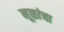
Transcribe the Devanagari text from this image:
मूळांचा